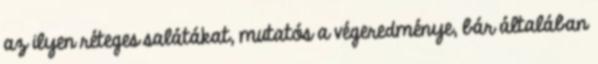
az ilyen réteges salátákat, mutatós a végeredménye, bár általában